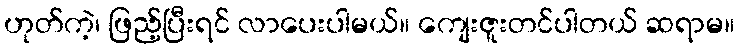
ဟုတ်ကဲ့၊ ဖြည့်ပြီးရင် လာပေးပါမယ်။ ကျေးဇူးတင်ပါတယ် ဆရာမ။